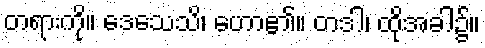
တရားကို။ ဒေသေသိ၊ ဟော၏။ တဒါ၊ ထိုအခါ၌။